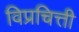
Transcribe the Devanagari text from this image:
विप्रचित्ती